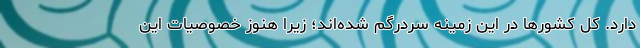
دارد. کل کشورها در این زمینه سردرگم شده‌اند؛ زیرا هنوز خصوصیات این